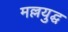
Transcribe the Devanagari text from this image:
मल्लयुद्घ